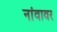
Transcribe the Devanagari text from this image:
नांवावर